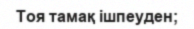
Тоя тамақ ішпеуден;